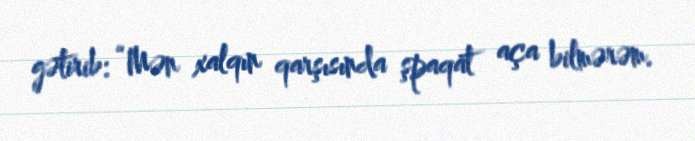
gətirib: “Mən xalqın qarşısında şpaqat aça bilmərəm.